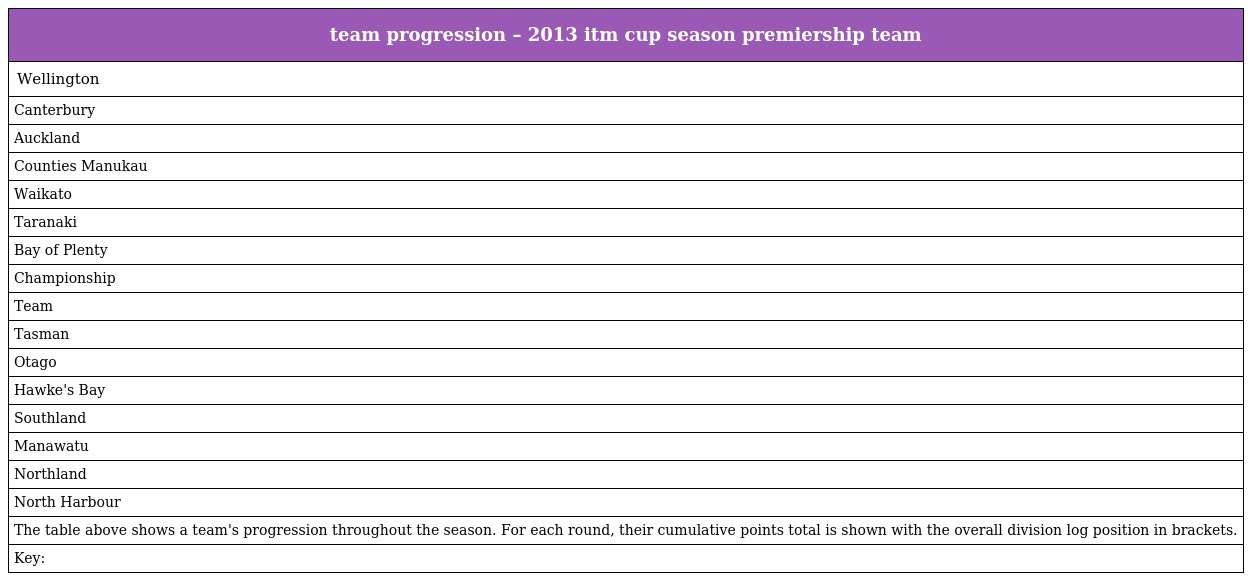
| team progression – 2013 itm cup season premiership team |
 | --- |
 | Wellington |
 | Canterbury |
 | Auckland |
 | Counties Manukau |
 | Waikato |
 | Taranaki |
 | Bay of Plenty |
 | Championship |
 | Team |
 | Tasman |
 | Otago |
 | Hawke's Bay |
 | Southland |
 | Manawatu |
 | Northland |
 | North Harbour |
 | The table above shows a team's progression throughout the season. For each round, their cumulative points total is shown with the overall division log position in brackets. |
 | Key: |